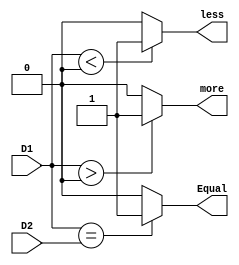
`timescale 1ns / 1ps
//////////////////////////////////////////////////////////////////////////////////
// Company: 
// Engineer: 
// 
// Design Name: 
// Module Name:    cmp 
// Project Name: 
// Target Devices: 
// Tool versions: 
// Description: 
//
// Dependencies: 
//
// Revision: 
// Revision 0.01 - File Created
// Additional Comments: 
//
//////////////////////////////////////////////////////////////////////////////////
module cmp(
    input [31:0] D1,
    input [31:0] D2,
    output Equal,
	 output more,
	 output less
    );

	assign Equal = (D1==D2) ? 1'b1 : 1'b0;
	assign more = ($signed(D1)>0) ? 1'b1 : 1'b0;
	assign less = ($signed(D1)<0) ? 1'b1 : 1'b0;
	
endmodule